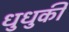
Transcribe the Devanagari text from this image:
धुधुकी